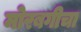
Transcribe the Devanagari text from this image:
मोरबगीचा